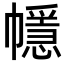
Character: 㡥